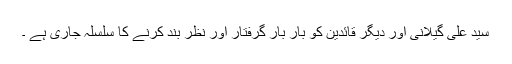
سید علی گیلانی اور دیگر قائدین کو بار بار گرفتار اور نظر بند کرنے کا سلسلہ جاری ہے ۔